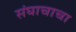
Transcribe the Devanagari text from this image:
संघाचाचा